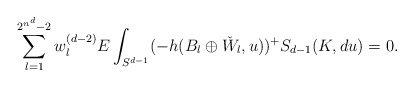
\begin{align*}\sum_{l=1}^{2^{n^d}-2} w_l^{(d-2)}E\int_{S^{d-1}} (-h(B_l\oplus \check{W}_l,u))^+ S_{d-1}(K,du) =0.\end{align*}